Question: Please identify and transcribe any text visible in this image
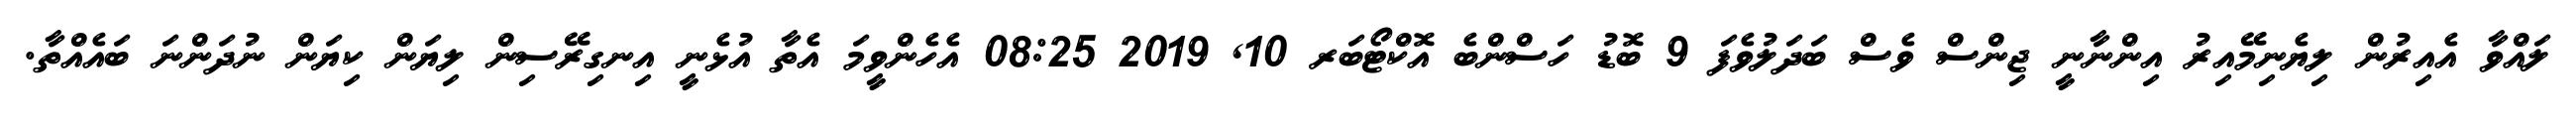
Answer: ލައްވާ އެއިރުން ލިޔެނިމޭއިރު އިންނާނީ ޖިންސް ވެސް ބަދަލުވެފަ 9 ބޮޑު ހަސްންބެ އޮކްޓޯބަރ 10, 2019 08:25 އެހެންވީމަ އެތާ އުޅެނީ އިނގިރޭސިން ލިޔަން ކިޔަން ނުދަންނަ ބައެއްތާ.